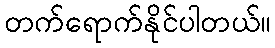
တက်ရောက်နိုင်ပါတယ်။